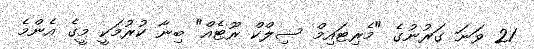
21 ވަނަ ގަރުނުގެ "މެރިޓައިމް ސިލްކް ރޫޓެއް" ބިނާ ކުރުމަކީ މީގެ އެންމެ